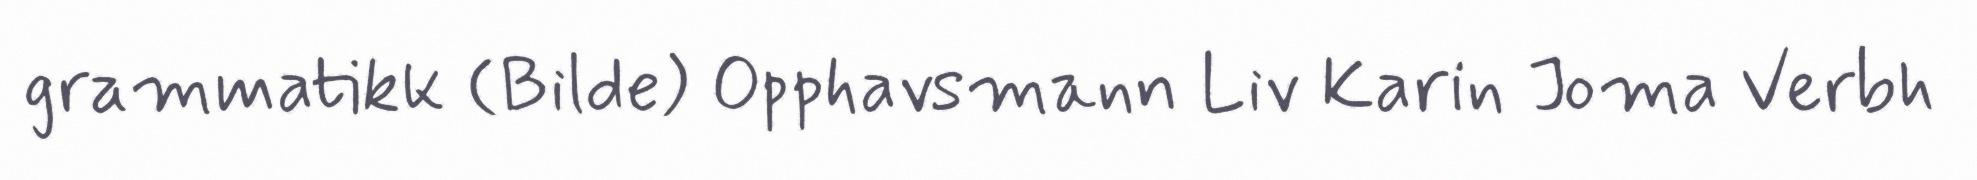
grammatikk (Bilde) Opphavsmann Liv Karin Joma Verbh